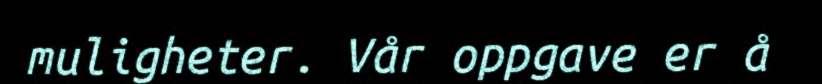
muligheter. Vår oppgave er å